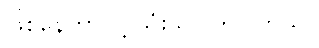
ဖြစ်နေတာလို့ သုံးသပ်ကြပါတယ်။